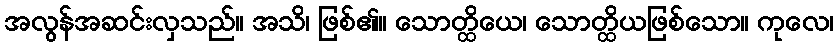
အလွန်အဆင်းလှသည်။ အသိ၊ ဖြစ်၏။ သောတ္ထိယေ၊ သောတ္ထိယဖြစ်သော။ ကုလေ၊